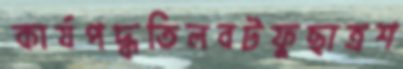
কার্যপদ্ধতিলবটফুছাত্রশ